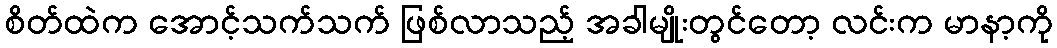
စိတ်ထဲက အောင့်သက်သက် ဖြစ်လာသည့် အခါမျိုးတွင်တော့ လင်းက မာနာ့ကို